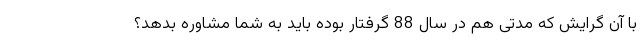
با آن گرایش که مدتی هم در سال 88 گرفتار بوده باید به شما مشاوره بدهد؟